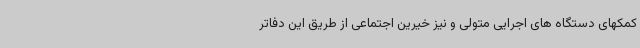
کمکهای دستگاه های اجرایی متولی و نیز خیرین اجتماعی از طریق این دفاتر